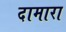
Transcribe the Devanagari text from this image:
दामारा